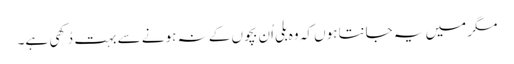
مگر میں یہ جانتا ہوں کہ وہ بلی اُن بچوں کے نہ ہونے سے بہت دُکھی ہے۔